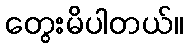
တွေးမိပါတယ်။